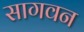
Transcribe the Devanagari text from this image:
सागवन